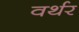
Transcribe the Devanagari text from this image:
वर्थर